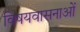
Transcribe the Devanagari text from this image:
विषयवासनाओं